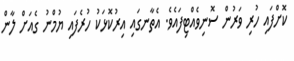
ކޮށްފައި ހުރި ވަރުން ސޮނިވެއްޓިފައެވެ. އެތާނގައި އިރުކޮޅަކު ހުރެފައި ޔުމްނު ގެއަށް ލާން